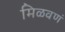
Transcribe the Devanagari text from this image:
मिळवणं